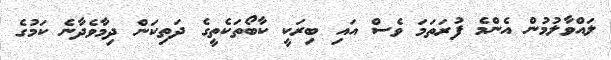
ލައްވާލުމުން އެންމެ ފުރަތަމަ ވެސް އައި ބިރަކީ ކާބޯތަކެތީގެ ދަތިކަން ދިމާވެދާނެ ކަމުގެ